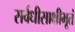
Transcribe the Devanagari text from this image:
सर्वधीसाक्षीभूतं